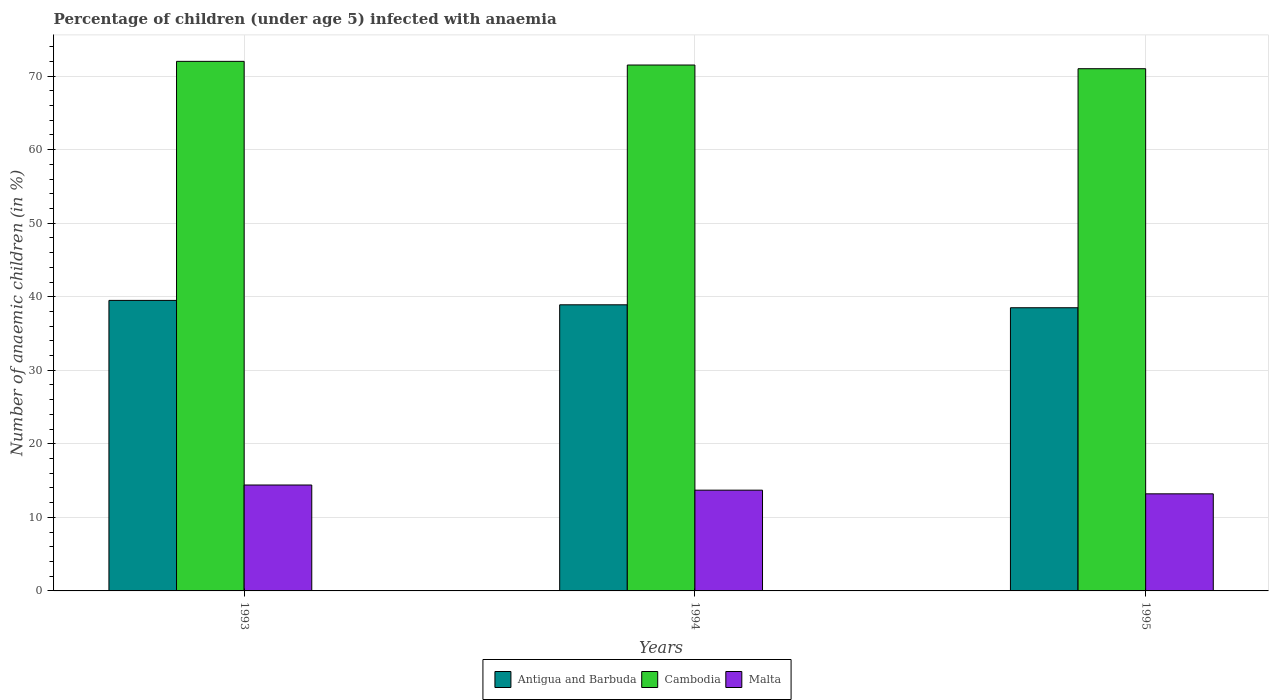
| Years | Antigua and Barbuda | Cambodia | Malta |
 | --- | --- | --- | --- |
 | 1993 | 39.5 | 72 | 14.4 |
 | 1994 | 38.9 | 71.5 | 13.7 |
 | 1995 | 38.5 | 71 | 13.2 |